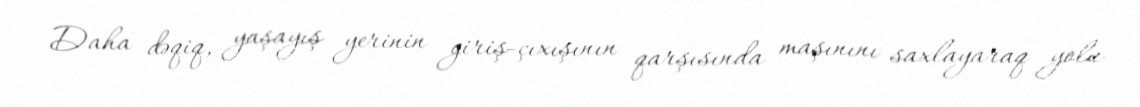
Daha dəqiq, yaşayış yerinin giriş-çıxışının qarşısında maşınını saxlayaraq yolu